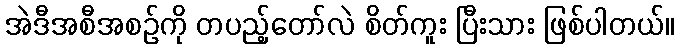
အဲဒီအစီအစဉ်ကို တပည့်တော်လဲ စိတ်ကူး ပြီးသား ဖြစ်ပါတယ်။